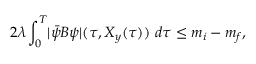
2 \lambda \int _ { 0 } ^ { T } \lvert \Bar { \psi } B \psi \rvert ( \tau , X _ { y } ( \tau ) ) \ d \tau \le m _ { i } - m _ { f } ,